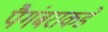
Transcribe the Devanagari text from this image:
पैगंबराकडे